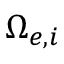
\Omega _ { e , i }